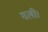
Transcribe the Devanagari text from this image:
गली।